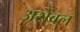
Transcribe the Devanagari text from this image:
असेंबल